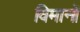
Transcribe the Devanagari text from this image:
विमानोँ